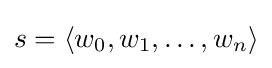
s=\langle w_{0},w_{1},\dots ,w_{n}\rangle